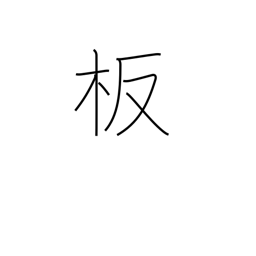
Meaning: plate